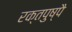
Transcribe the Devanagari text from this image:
रक्तपुष्पै